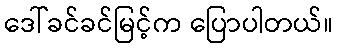
ဒေါ်ခင်ခင်မြင့်က ပြောပါတယ်။